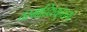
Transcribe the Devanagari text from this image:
तस्माद्दिश्युत्तरस्यां